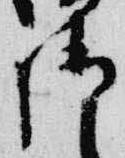
御